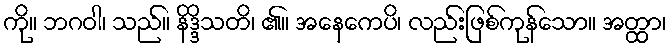
ကို။ ဘဂဝါ၊ သည်။ နိဒ္ဒိသတိ၊ ၏။ အနေကေပိ၊ လည်းဖြစ်ကုန်သော။ အတ္ထာ၊